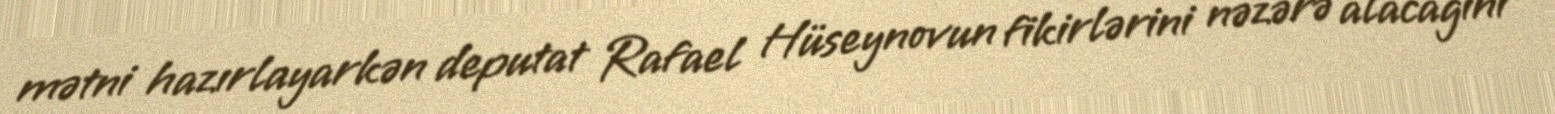
mətni hazırlayarkən deputat Rafael Hüseynovun fikirlərini nəzərə alacağını